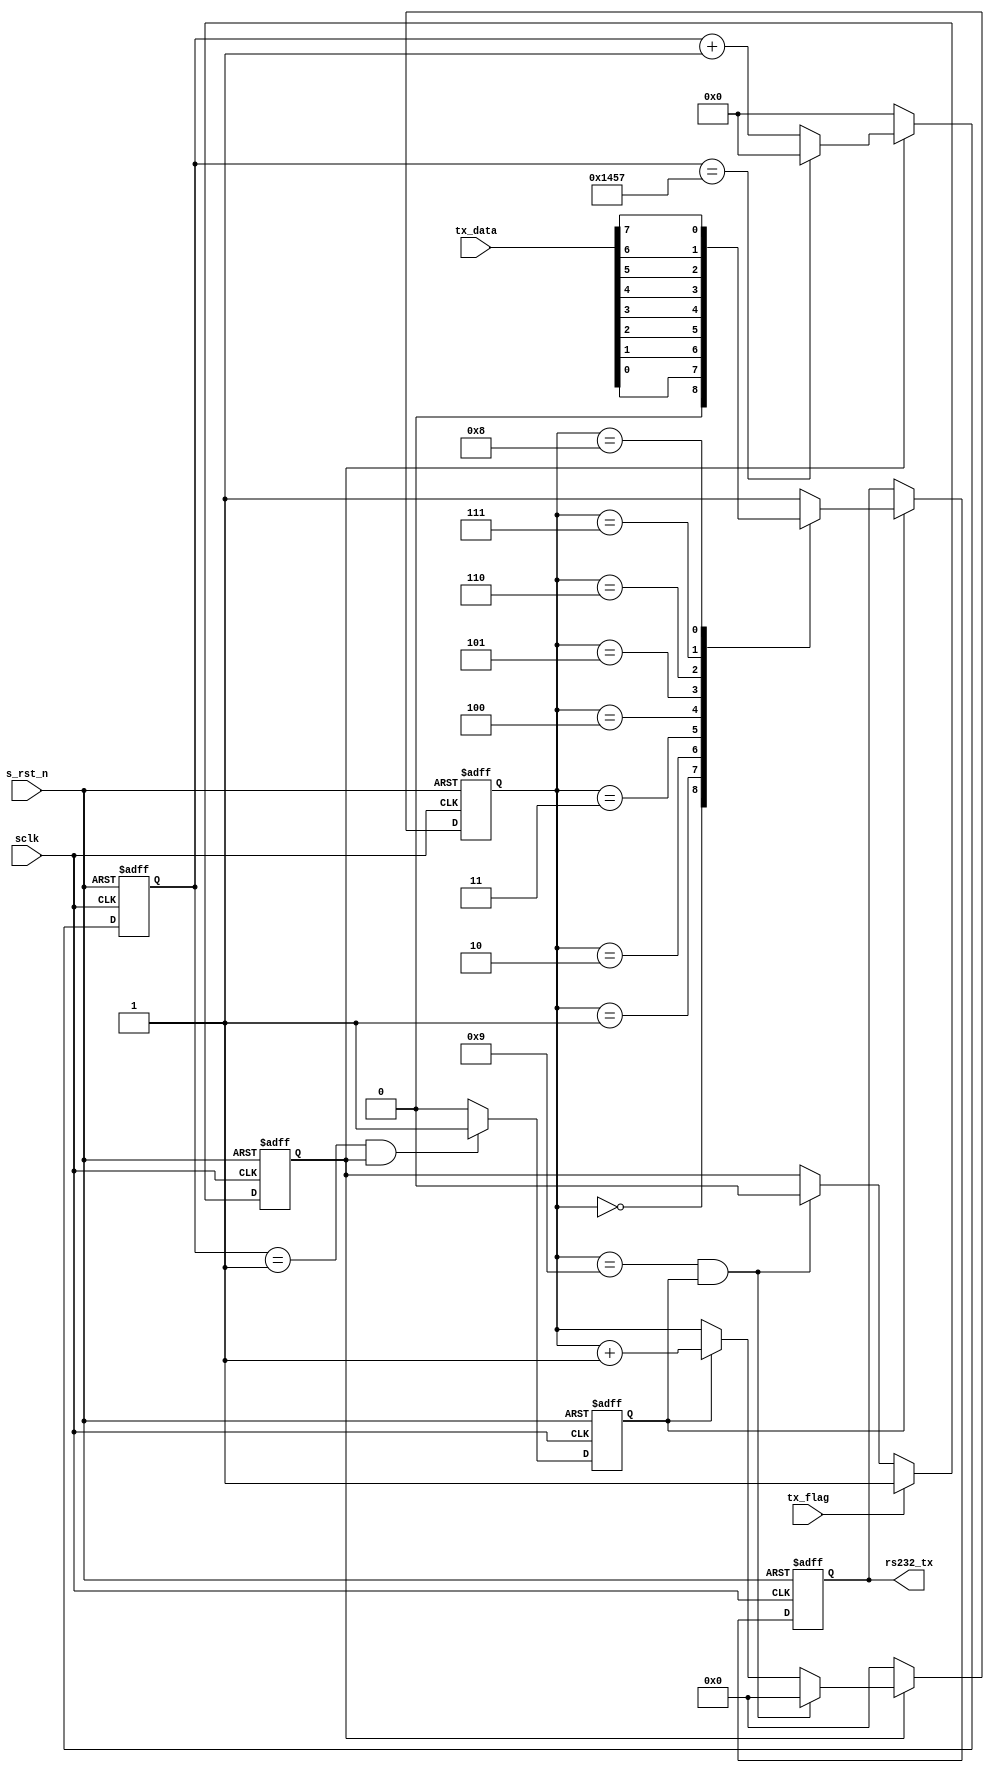
module uart_tx(
		//system signals
		input					sclk				,
		input					s_rst_n				,
		//tx_flag
		input					tx_flag				,
		//UART Interface
		output	reg				rs232_tx			,
		//others
		input			[7:0]	tx_data				

);

	//define parameter and internal signals
	localparam		BAUD_END		= 5208;
	localparam		BAUD_MID		= BAUD_END / 2 - 1;
	localparam		BIT_END			= 10;
	reg 			work_en		;
	reg 			bit_flag	;
	reg	[12:0] 		baud_cnt	;
	reg [3:0]  		bit_cnt		;
	
	
	//// main code ////
	
	// work_en
	always @(posedge sclk or negedge s_rst_n) begin
		if(!s_rst_n) begin
			work_en <= 1'b0;
		end
		else if(tx_flag == 1'b1) begin
			work_en <= 1'b1;
		end
		else if(bit_cnt == 4'd9 && bit_flag == 1'b1) begin  //work_en
			work_en <= 1'b0;
		end
	end
	
	// baud_cnt
	always @(posedge sclk or negedge s_rst_n) begin
		if(!s_rst_n) begin
			baud_cnt <= 13'd0;
		end
		else if(work_en) begin
			if(baud_cnt == BAUD_END - 1'b1) begin
				baud_cnt <= 13'd0;
			end
			else begin
				baud_cnt <= baud_cnt + 1'b1;
			end
		end
		else begin
			baud_cnt <= 13'd0;
		end
		
	end

	// bit_flag
	always @(posedge sclk or negedge s_rst_n) begin
		if(!s_rst_n) begin
			bit_flag <= 1'b0;
		end
		else if(baud_cnt == 13'd1 && work_en == 1'b1) begin  //baud_cnt
			bit_flag <= 1'b1;
		end
		else begin
			bit_flag <= 1'b0;
		end
	end
	
	// bit_cnt
	always @(posedge sclk or negedge s_rst_n) begin
		if(!s_rst_n) begin
			bit_cnt <= 4'd0;
		end
		else if(work_en) begin
			if(bit_cnt == BIT_END - 1'b1 && bit_flag == 1'b1) begin
				bit_cnt <= 4'd0;
			end
			else if(bit_flag == 1'b1) begin  
				bit_cnt <= bit_cnt + 1'b1;
			end
		end
		else begin
			bit_cnt <= 4'd0;
		end
	end
	
	// send data 
	always @(posedge sclk or negedge s_rst_n) begin
		if(!s_rst_n) begin
			rs232_tx <= 1'b0;
		end
		else if (bit_flag == 1'b1)begin  //bit_flag1
			case(bit_cnt)
				'd0 : rs232_tx <= 1'b0;  //
				'd1 : rs232_tx <= tx_data[0];
				'd2 : rs232_tx <= tx_data[1];
				'd3 : rs232_tx <= tx_data[2];
				'd4 : rs232_tx <= tx_data[3];
				'd5 : rs232_tx <= tx_data[4];
				'd6 : rs232_tx <= tx_data[5];
				'd7 : rs232_tx <= tx_data[6];
				'd8 : rs232_tx <= tx_data[7];
				'd9 : rs232_tx <= 1'b1;
				default : rs232_tx <= 1'b1;
			endcase
		end
	end
	
	
	
	
	
	
	
	
endmodule 


//module uart_tx
//#(
//parameter UART_BPS = 'd9600, //
//parameter CLK_FREQ = 'd50_000_000 //
//)
//(
//input wire sys_clk , // 50MHz
//input wire sys_rst_n , //
//input wire [7:0] pi_data , // 8bit 
// input wire pi_flag , //
// 
// output reg tx // 1bit 
// );
// 
// //********************************************************************//
// //****************** Parameter and Internal Signal *******************//
// //********************************************************************//
// 
// //localparam define
// localparam BAUD_CNT_MAX = CLK_FREQ/UART_BPS ;
// 
// //reg define
// reg [12:0] baud_cnt;
// reg bit_flag;
// reg [3:0] bit_cnt ;
// reg work_en ;
// 
// //********************************************************************//
// //***************************** Main Code ****************************//
// //********************************************************************//
// 
// //work_en:
// always@(posedge sys_clk or negedge sys_rst_n)
// if(sys_rst_n == 1'b0)
// work_en <= 1'b0;
// else if(pi_flag == 1'b1)
//
//work_en <= 1'b1;
// else if((bit_flag == 1'b1) && (bit_cnt == 4'd9))
// work_en <= 1'b0;
// 
// //baud_cnt: 0  5207
// always@(posedge sys_clk or negedge sys_rst_n)
// if(sys_rst_n == 1'b0)
// baud_cnt <= 13'b0;
// else if((baud_cnt == BAUD_CNT_MAX - 1) || (work_en == 1'b0))
// baud_cnt <= 13'b0;
// else if(work_en == 1'b1)
// baud_cnt <= baud_cnt + 1'b1;
// 
// //bit_flag: baud_cnt  1  bit_flag 
// always@(posedge sys_clk or negedge sys_rst_n)
// if(sys_rst_n == 1'b0)
// bit_flag <= 1'b0;
// else if(baud_cnt == 13'd1)
// bit_flag <= 1'b1;
// else
// bit_flag <= 1'b0;
// 
// //bit_cnt:10 
// always@(posedge sys_clk or negedge sys_rst_n)
// if(sys_rst_n == 1'b0)
// bit_cnt <= 4'b0;
// else if((bit_flag == 1'b1) && (bit_cnt == 4'd9))
// bit_cnt <= 4'b0;
// else if((bit_flag == 1'b1) && (work_en == 1'b1))
// bit_cnt <= bit_cnt + 1'b1;
// 
// //tx: rs232  0 1
// always@(posedge sys_clk or negedge sys_rst_n)
// if(sys_rst_n == 1'b0)
// tx <= 1'b1; //
// else if(bit_flag == 1'b1)
// case(bit_cnt)
// 0 : tx <= 1'b0;
// 1 : tx <= pi_data[0];
// 2 : tx <= pi_data[1];
// 3 : tx <= pi_data[2];
// 4 : tx <= pi_data[3];
// 5 : tx <= pi_data[4];
// 6 : tx <= pi_data[5];
// 7 : tx <= pi_data[6];
// 8 : tx <= pi_data[7];
// 9 : tx <= 1'b1;
// default : tx <= 1'b1;
// endcase
// 
// endmodule